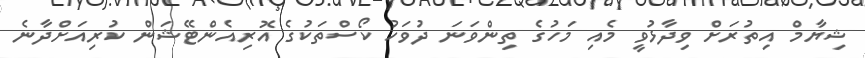
ޝިޔާމް އިތުރަށް ވިދާޅުވީ މެއި މަހުގެ ތިންވަނަ ދުވަހު ކޯސްތަކުގެ އޮރިއެންޓޭޝަން ކުރިއަށްދާނެ